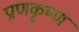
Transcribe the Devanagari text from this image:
प्राणकृष्ण